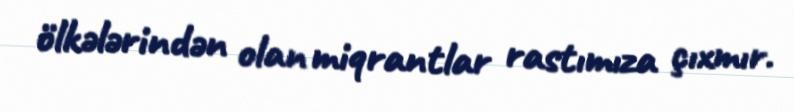
ölkələrindən olan miqrantlar rastımıza çıxmır.